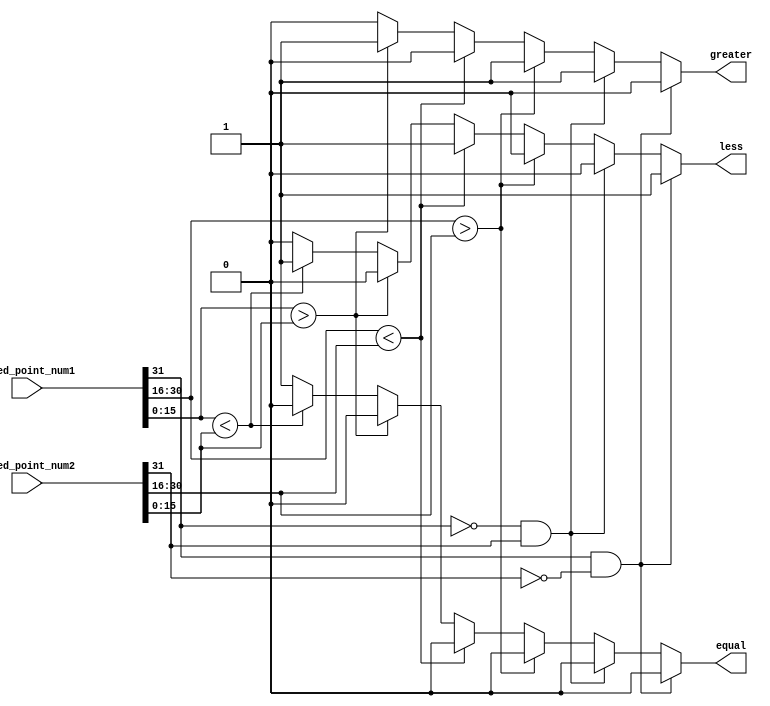
module fixed_point_comparator (
    input [31:0] fixed_point_num1,
    input [31:0] fixed_point_num2,
    output reg greater,
    output reg less,
    output reg equal
);

    // Extract sign, integer, and fractional parts
    reg sign1, sign2;
    reg [15:0] int1, frac1, int2, frac2;
    assign sign1 = fixed_point_num1[31];
    assign int1 = fixed_point_num1[30:16];
    assign frac1 = fixed_point_num1[15:0];
    assign sign2 = fixed_point_num2[31];
    assign int2 = fixed_point_num2[30:16];
    assign frac2 = fixed_point_num2[15:0];

    always @* begin
        greater = 0;
        less = 0;
        equal = 0;

        // Check sign bit
        if (sign1 == 1 && sign2 == 0) begin
            greater = 0;
            less = 1;
        end
        else if (sign1 == 0 && sign2 == 1) begin
            greater = 1;
            less = 0;
        end
        else begin
            // Check integer part
            if (int1 > int2) begin
                greater = 1;
                less = 0;
            end
            else if (int1 < int2) begin
                greater = 0;
                less = 1;
            end
            else begin
                // Check fractional part
                if (frac1 > frac2) begin
                    greater = 1;
                    less = 0;
                end
                else if (frac1 < frac2) begin
                    greater = 0;
                    less = 1;
                end
                else begin
                    equal = 1;
                end
            end
        end

        // Handling overflow and underflow conditions
        // implement logic here
    end

endmodule